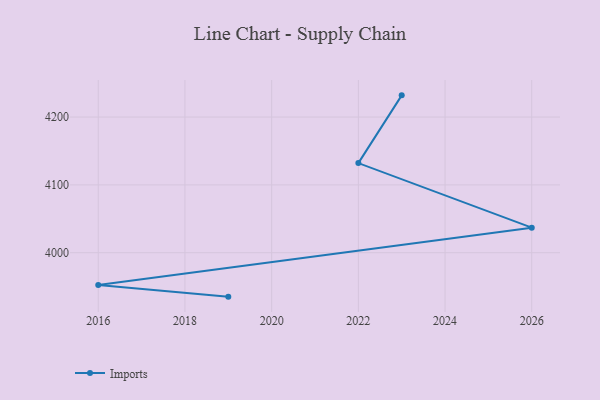
{"axis": {"x": "Year", "y": "Revenue (USD Million)"}, "legend": ["Imports"], "data": [{"x": "2023", "y": 4232.0, "type": "Imports"}, {"x": "2022", "y": 4132.1, "type": "Imports"}, {"x": "2026", "y": 4036.9, "type": "Imports"}, {"x": "2016", "y": 3952.4, "type": "Imports"}, {"x": "2019", "y": 3935.2, "type": "Imports"}]}